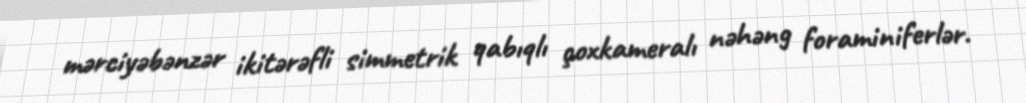
mərciyəbənzər ikitərəfli simmetrik qabıqlı çoxkameralı nəhəng foraminiferlər.